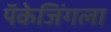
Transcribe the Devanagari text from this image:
पॅकेजिंगला